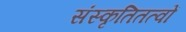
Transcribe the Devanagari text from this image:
संस्कृतितत्वों